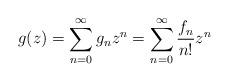
LaTeX: \begin{align*}g(z)=\sum_{n=0}^{\infty}{g_nz^n}=\sum_{n=0}^{\infty}{\frac{f_n}{n!}z^n}\end{align*}